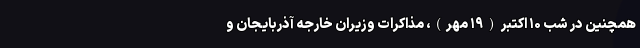
همچنین در شب ۱۰ اکتبر (۱۹ مهر)، مذاکرات وزیران خارجه آذربایجان و